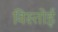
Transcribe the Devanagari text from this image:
विस्तोई